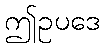
ဤဥပဒေ